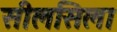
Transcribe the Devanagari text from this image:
सीलसिला